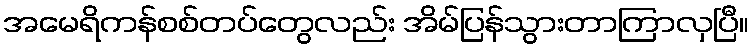
အမေရိကန်စစ်တပ်တွေလည်း အိမ်ပြန်သွားတာကြာလှပြီ။